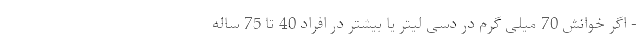
- اگر خوانش 70 میلی گرم در دسی لیتر یا بیشتر در افراد 40 تا 75 ساله